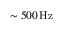
\sim { 5 0 0 } \, \mathrm { H z }